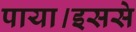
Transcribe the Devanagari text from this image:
पाया।इससे